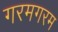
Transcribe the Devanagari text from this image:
गरमगरम